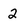
Character: 2